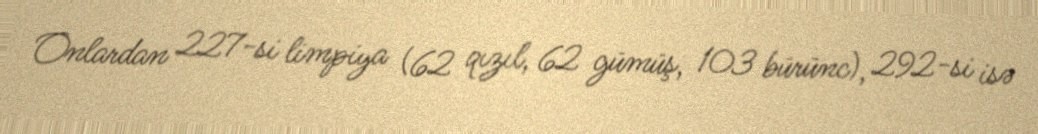
Onlardan 227-si limpiya (62 qızıl, 62 gümüş, 103 bürünc), 292-si isə